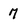
Character: 7